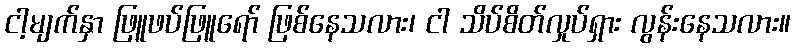
ငါ့မျက်နှာ ဖြူဖပ်ဖြူရော် ဖြစ်နေသလား၊ ငါ သိပ်စိတ်လှုပ်ရှား လွန်းနေသလား။